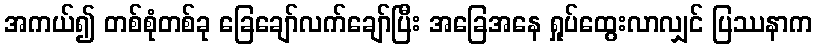
အကယ်၍ တစ်စုံတစ်ခု ခြေချော်လက်ချော်ပြီး အခြေအနေ ရှုပ်ထွေးလာလျှင် ပြဿနာက